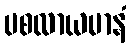
ပစလာယမာနံ